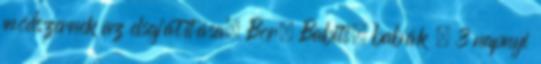
módszernek az elsajátítása. Bor, Babits, babák – 3 napnyi